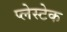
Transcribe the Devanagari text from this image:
प्लेस्टेक